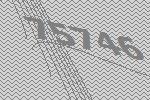
75746